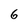
Character: 6